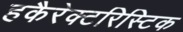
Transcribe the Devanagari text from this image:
हकैरेक्टरिस्टिक